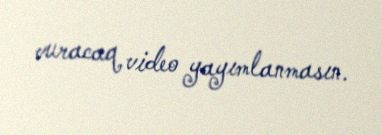
vuracaq video yayımlanmasın.